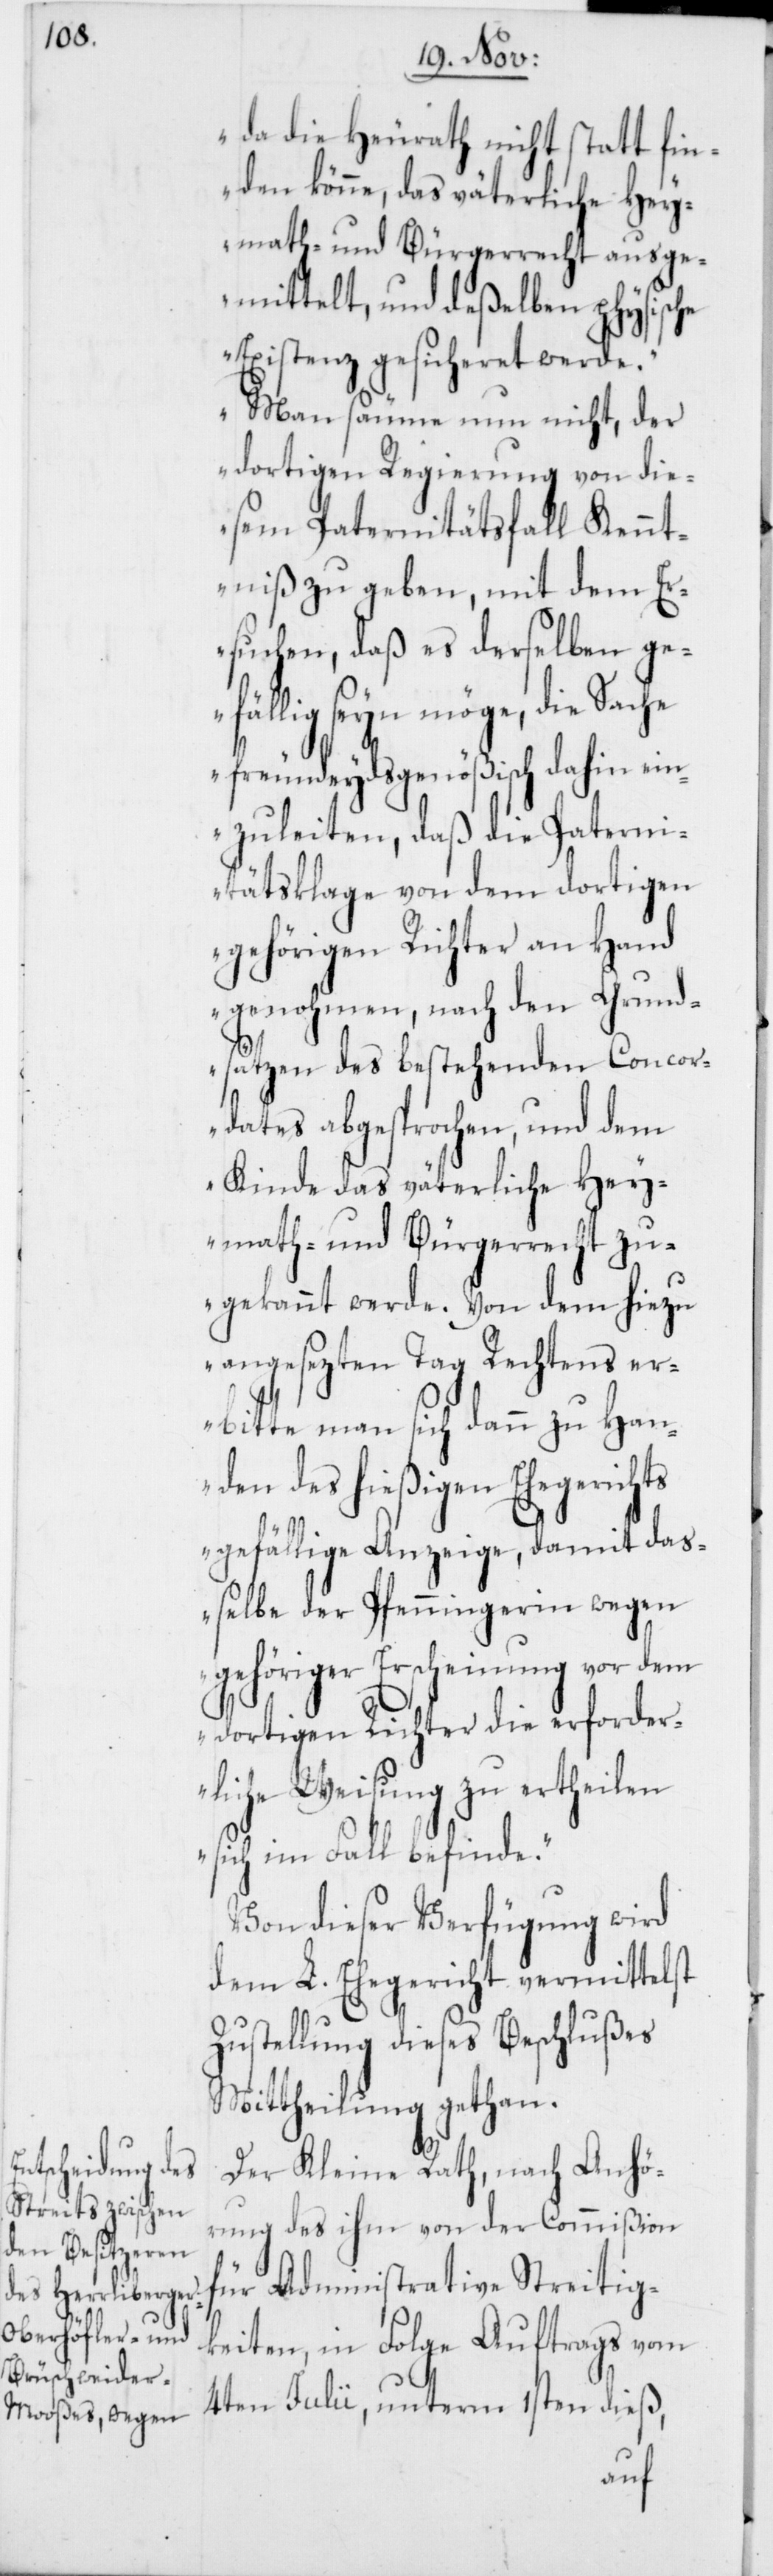
da die Heurath nicht statt fin¬
den könne, das väterliche Hey¬
math- und Bürgerrecht ausge¬
mittelt, und deßelben physische
Existenz gesicheret werde.
Man säume nun nicht, der
dortigen Regierung von die¬
sem Paternitätsfall Kennt¬
niß zu geben, mit dem Er¬
suchen, daß es derselben gef¬
ällig seyn möge, die Sache
freundeydsgenößisch dahin ein¬
zuleiten, daß die Paterni¬
tätsklage von dem dortigen
gehörigen Richter an Hand
genohmen, nach den Grund¬
sätzen des bestehenden Concor¬
dates abgesprochen, und dem
Kinde das väterliche Hey¬
math- und Bürgerrecht zu¬
gekannt werde. Von dem hiezu
angesezten Tag Rechtens er¬
bitte man sich dann zu Han¬
den des hießigen Ehegerich¬
ts gefällige Anzeige, damit daß¬
elbe der Pfenningerin wegen
gehöriger Erscheinung vor dem
dortigen Richter die erforder¬
liche Weisung zu ertheilen
sich im Fall befinde.“
Von dieser Verfügung wird
dem L. Ehegericht vermittelst
Zustellung dieses Beschlußes
Mittheilung gethan.
Der Kleine Rath, nach Anhö¬
rung des ihm von der Commißion
für Administrative Streitig¬
keiten, in Folge Auftrags vom
4ten Julii, unterm 1sten dieß,